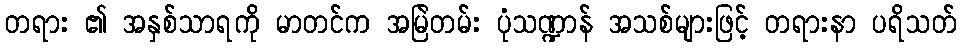
တရား ၏ အနှစ်သာရကို မာတင်က အမြဲတမ်း ပုံသဏ္ဍာန် အသစ်များဖြင့် တရားနာ ပရိသတ်